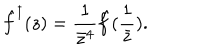
\hat { f } ^ { \dagger } ( z ) = { \frac { 1 } { \bar { z } ^ { 4 } } } { \hat { f } ( { \frac { 1 } { \bar { z } } } ) } .